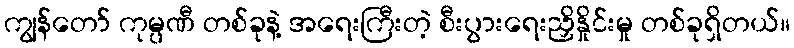
ကျွန်တော် ကုမ္ပဏီ တစ်ခုနဲ့ အရေးကြီးတဲ့ စီးပွားရေးညှိနှိုင်းမှု တစ်ခုရှိတယ်။